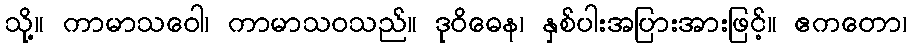
သို့။ ကာမာသဝေါ၊ ကာမာသဝသည်။ ဒုဝိဓေန၊ နှစ်ပါးအပြားအားဖြင့်။ ဧကတော၊